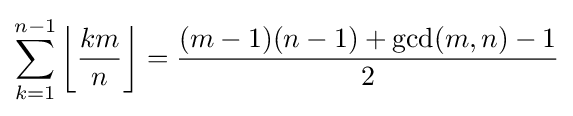
\sum _{k=1}^{n-1}\left\lfloor {\frac {km}{n}}\right\rfloor ={\frac {(m-1)(n-1)+\gcd(m,n)-1}{2}}